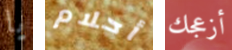
يا أحلام أزعجك